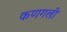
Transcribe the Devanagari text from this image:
कणगली